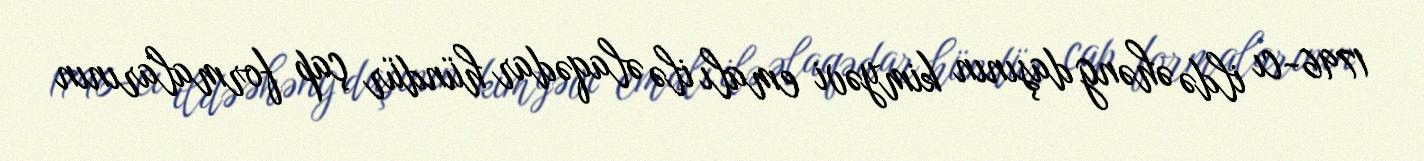
1796-cı ildə əhəng daşının kimyəvi emalı ilə əlaqədar hündür çap formalarının